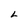
Character: L